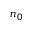
n _ { 0 }